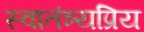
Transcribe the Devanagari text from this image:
स्वातंत्र्यप्रिय